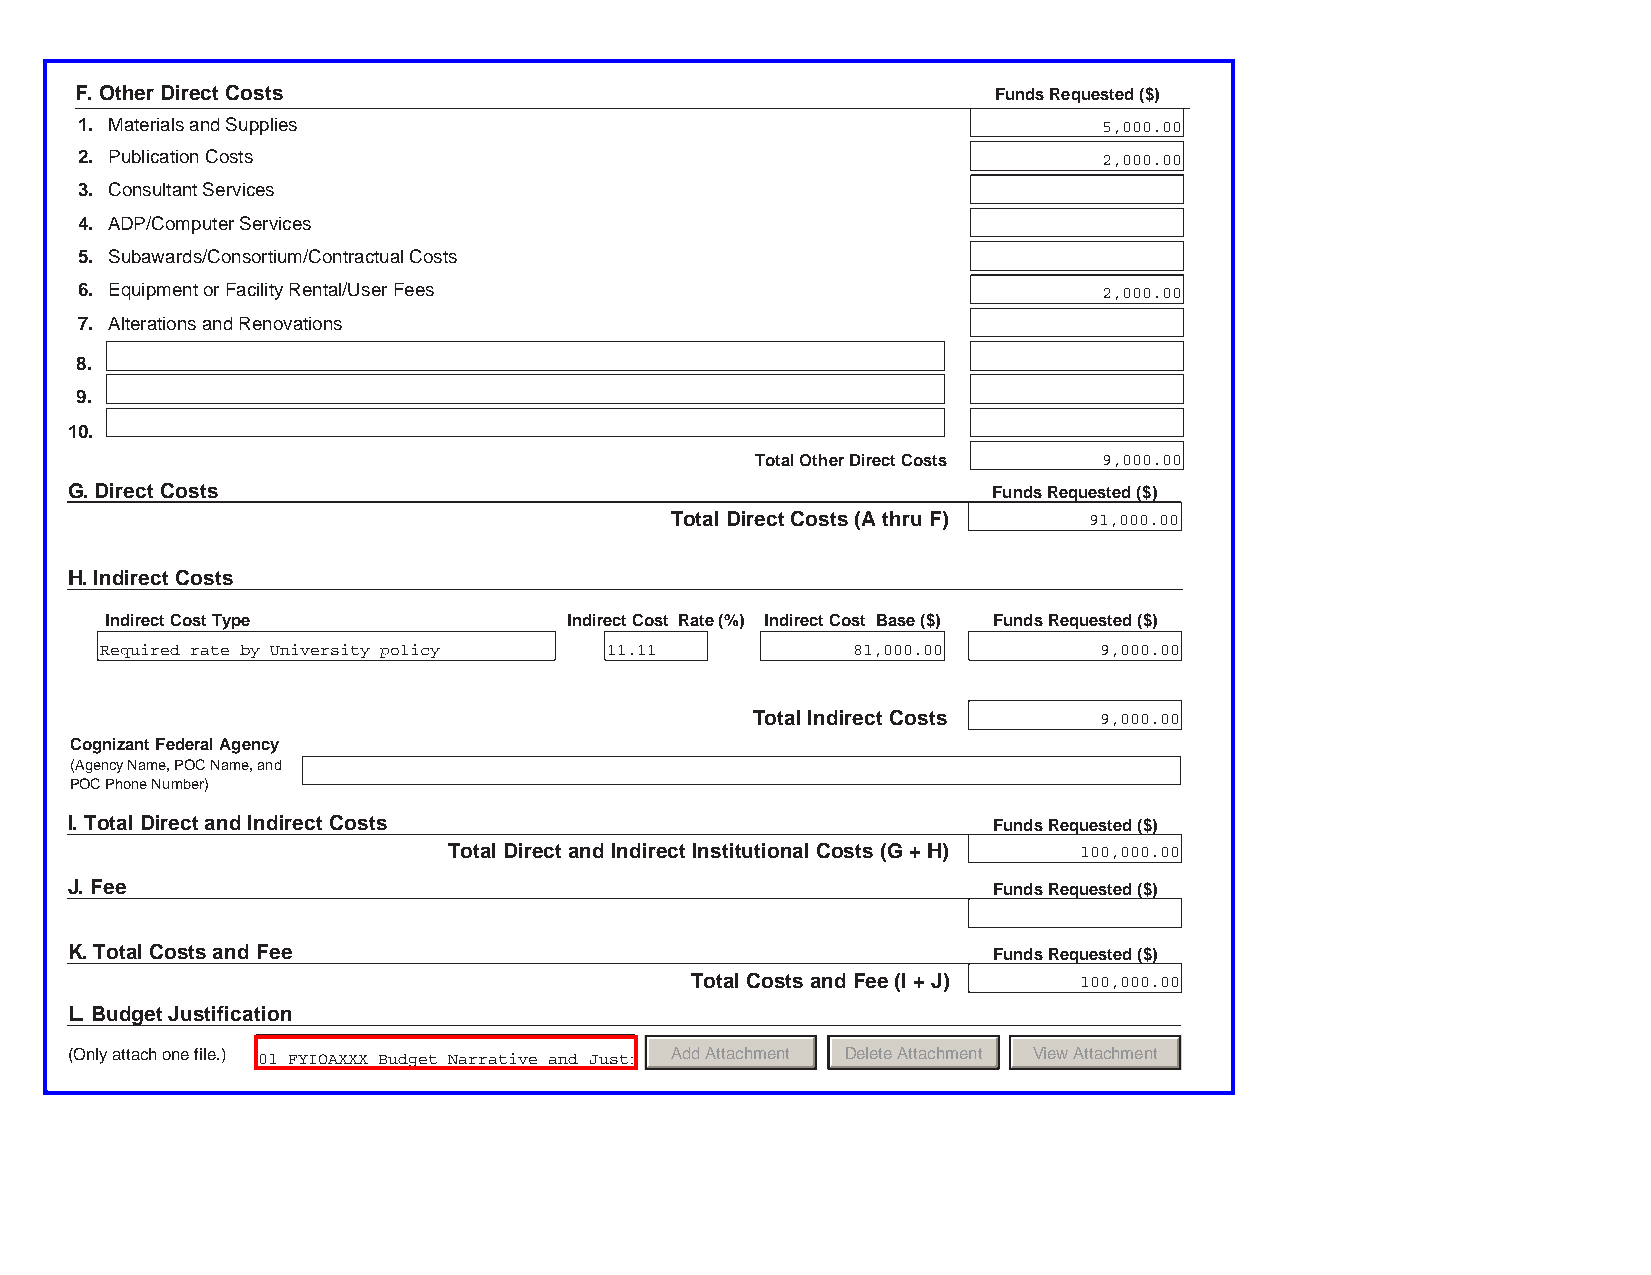
F. Other Direct Costs                                        Funds Requested ($)
 1. Materials and Supplies                                           5,000.00
 2. Publication Costs                                                2,000.00
 3. Consultant Services
 4. ADP/Computer Services
 5. Subawards/Consortium/Contractual Costs
 6. Equipment or Facility Rental/User Fees                           2,000.00
 7. Alterations and Renovations
 8.
 9.
 10.
 Total Other Direct Costs 9,000.00
 G. Direct Costs                                               Funds Requested ($)
 Total Direct Costs (A thru F) 91,000.00
 H. Indirect Costs
 Indirect Cost Type             Indirect Cost Rate (%) Indirect Cost Base ($) Funds Requested ($)
 Required rate by University policy .              1,000.00        9,000.00
 11 11           8
 Total Indirect Costs   9,000.00
 Cognizant Federal Agency
 (Agency Name, POC Name, and
 POC Phone Number)
 I. Total Direct and Indirect Costs                            Funds Requested ($)
 Total Direct and Indirect Institutional Costs (G + H) 100,000.00
 J. Fee                                                        Funds Requested ($)
 K. Total Costs and Fee                                        Funds Requested ($)
 Total Costs and Fee (I + J) 100,000.00
 L. Budget Justification
 (Only attach one file.) 01 FYIOAXXX Budget Narrative and Justi AddAttachment DeleteAttachment ViewAttachment